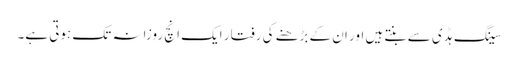
سینگ ہڈی سے بنتے ہیں اور ان کے بڑھنے کی رفتار ایک انچ روزانہ تک ہوتی ہے۔